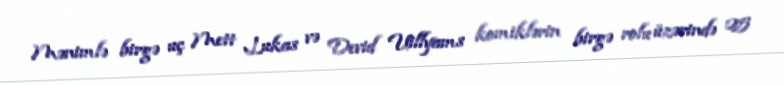
Mənimlə birgə uç Mett Lukas və Devid Uillyams komiklərin birgə rolu üzərində 25